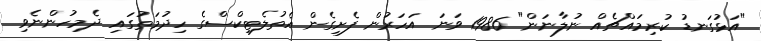
"އަޅުގަނޑު ކުރިމައްޗެއް ނުލާނަން" 1986 ވަނަ އަހަރުން ފެށިގެން އެތުލެޓިކްސްގެ ހިދުމަތުގައި ދެމިހުންނެވި